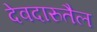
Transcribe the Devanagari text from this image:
देवदारुतैल